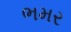
ભમર